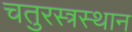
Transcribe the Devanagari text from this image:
चतुरस्त्रस्थान